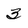
Character: 3